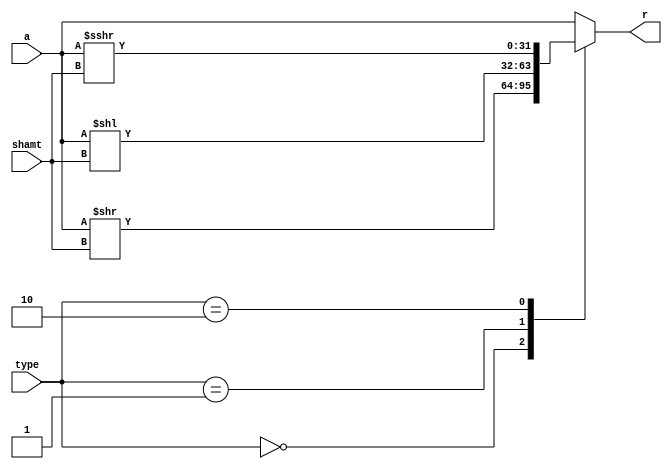
`timescale 1ns / 1ps
//////////////////////////////////////////////////////////////////////////////////
// Company: 
// Engineer: 
// 
// Design Name: 
// Module Name: shifter
// Project Name: 
// Target Devices: 
// Tool Versions: 
// Description: 
// 
// Dependencies: 
// 
// Revision:
// Revision 0.01 - File Created
// Additional Comments:
// 
//////////////////////////////////////////////////////////////////////////////////


module shifter(
input [31:0] a, 
input [4:0]shamt,
input [1:0] type,
output reg [31:0]  r);

always@(*) begin

case(type)
2'b00: //srl
    r = $unsigned(a) >> shamt;
2'b01: //sll
    r = $unsigned(a) << shamt;
2'b10: //sra
    r = $signed(a) >>> shamt;
default:
    r = a;
endcase
end
endmodule